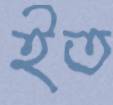
ইত